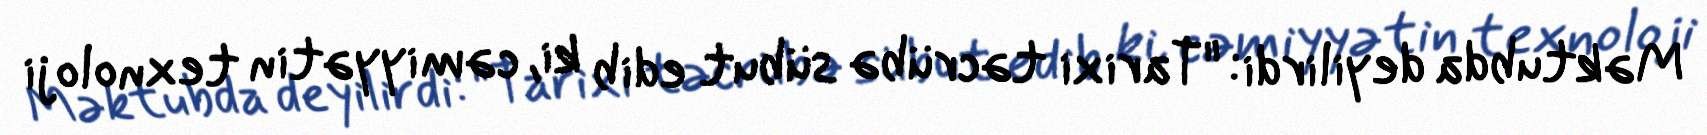
Məktubda deyilirdi: "Tarixi təcrübə sübut edib ki, cəmiyyətin texnoloji